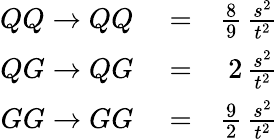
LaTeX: \begin{array}{rlr}{QQ\to QQ}&{{}=}&{\frac 89\, \frac{s^{2}}{t^{2}}}\\ {QG\to QG}&{{}=}&{2\, \frac{s^{2}}{t^{2}}}\\ {GG\to GG}&{{}=}&{\frac 92\, \frac{s^{2}}{t^{2}}}\end{array}